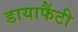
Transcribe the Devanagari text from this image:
डायाफैंटी